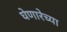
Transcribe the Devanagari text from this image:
घेणारेच्या